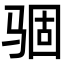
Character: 𩧽